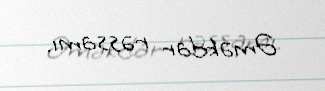
Əməkdar rəssamı.